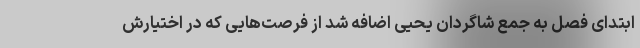
ابتدای فصل به جمع شاگردان یحیی اضافه شد از فرصت‌هایی که در اختیارش